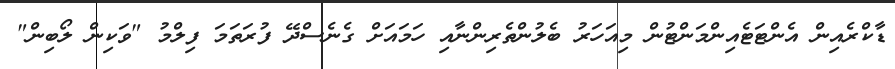
ޑާކްރެއިން އެންޓަޓެއިންމަންޓުން މިއަހަރު ބެލުންތެރިންނާއި ހަމައަށް ގެނެސްދޭ ފުރަތަމަ ފިލްމު "ވަކިން ލޯބިން"